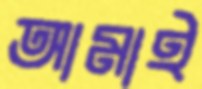
আমাই